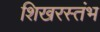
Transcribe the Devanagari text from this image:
शिखरस्तंभ